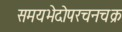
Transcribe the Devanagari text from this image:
समयभेदोपरचनचक्र